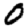
Digit: 0